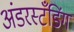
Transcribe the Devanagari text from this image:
अंडरस्टँडिंग